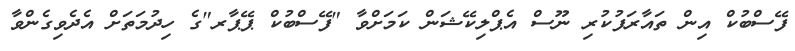
ފޭސްބުކް އިން ތައާރަފުކުރި ނޫސް އެޕްލިކޭޝަން ކަމަށްވާ "ފޭސްބުކް ޕޭޕާރ"ގެ ހިދުމަތަށް އެދެވިގެންވާ